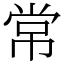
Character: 常